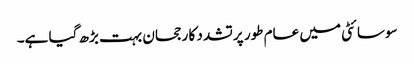
سوسائٹی میں عام طور پر تشدد کا رجحان بہت بڑھ گیا ہے۔